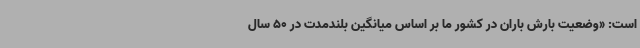
است: «وضعیت بارش باران در کشور ما بر اساس میانگین بلندمدت در 50 سال